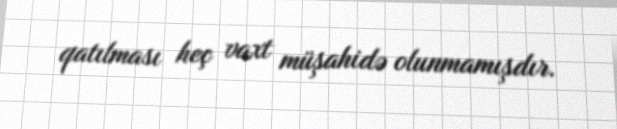
qatılması heç vaxt müşahidə olunmamışdır.